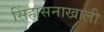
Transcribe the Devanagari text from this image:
सिंहासनाखाली